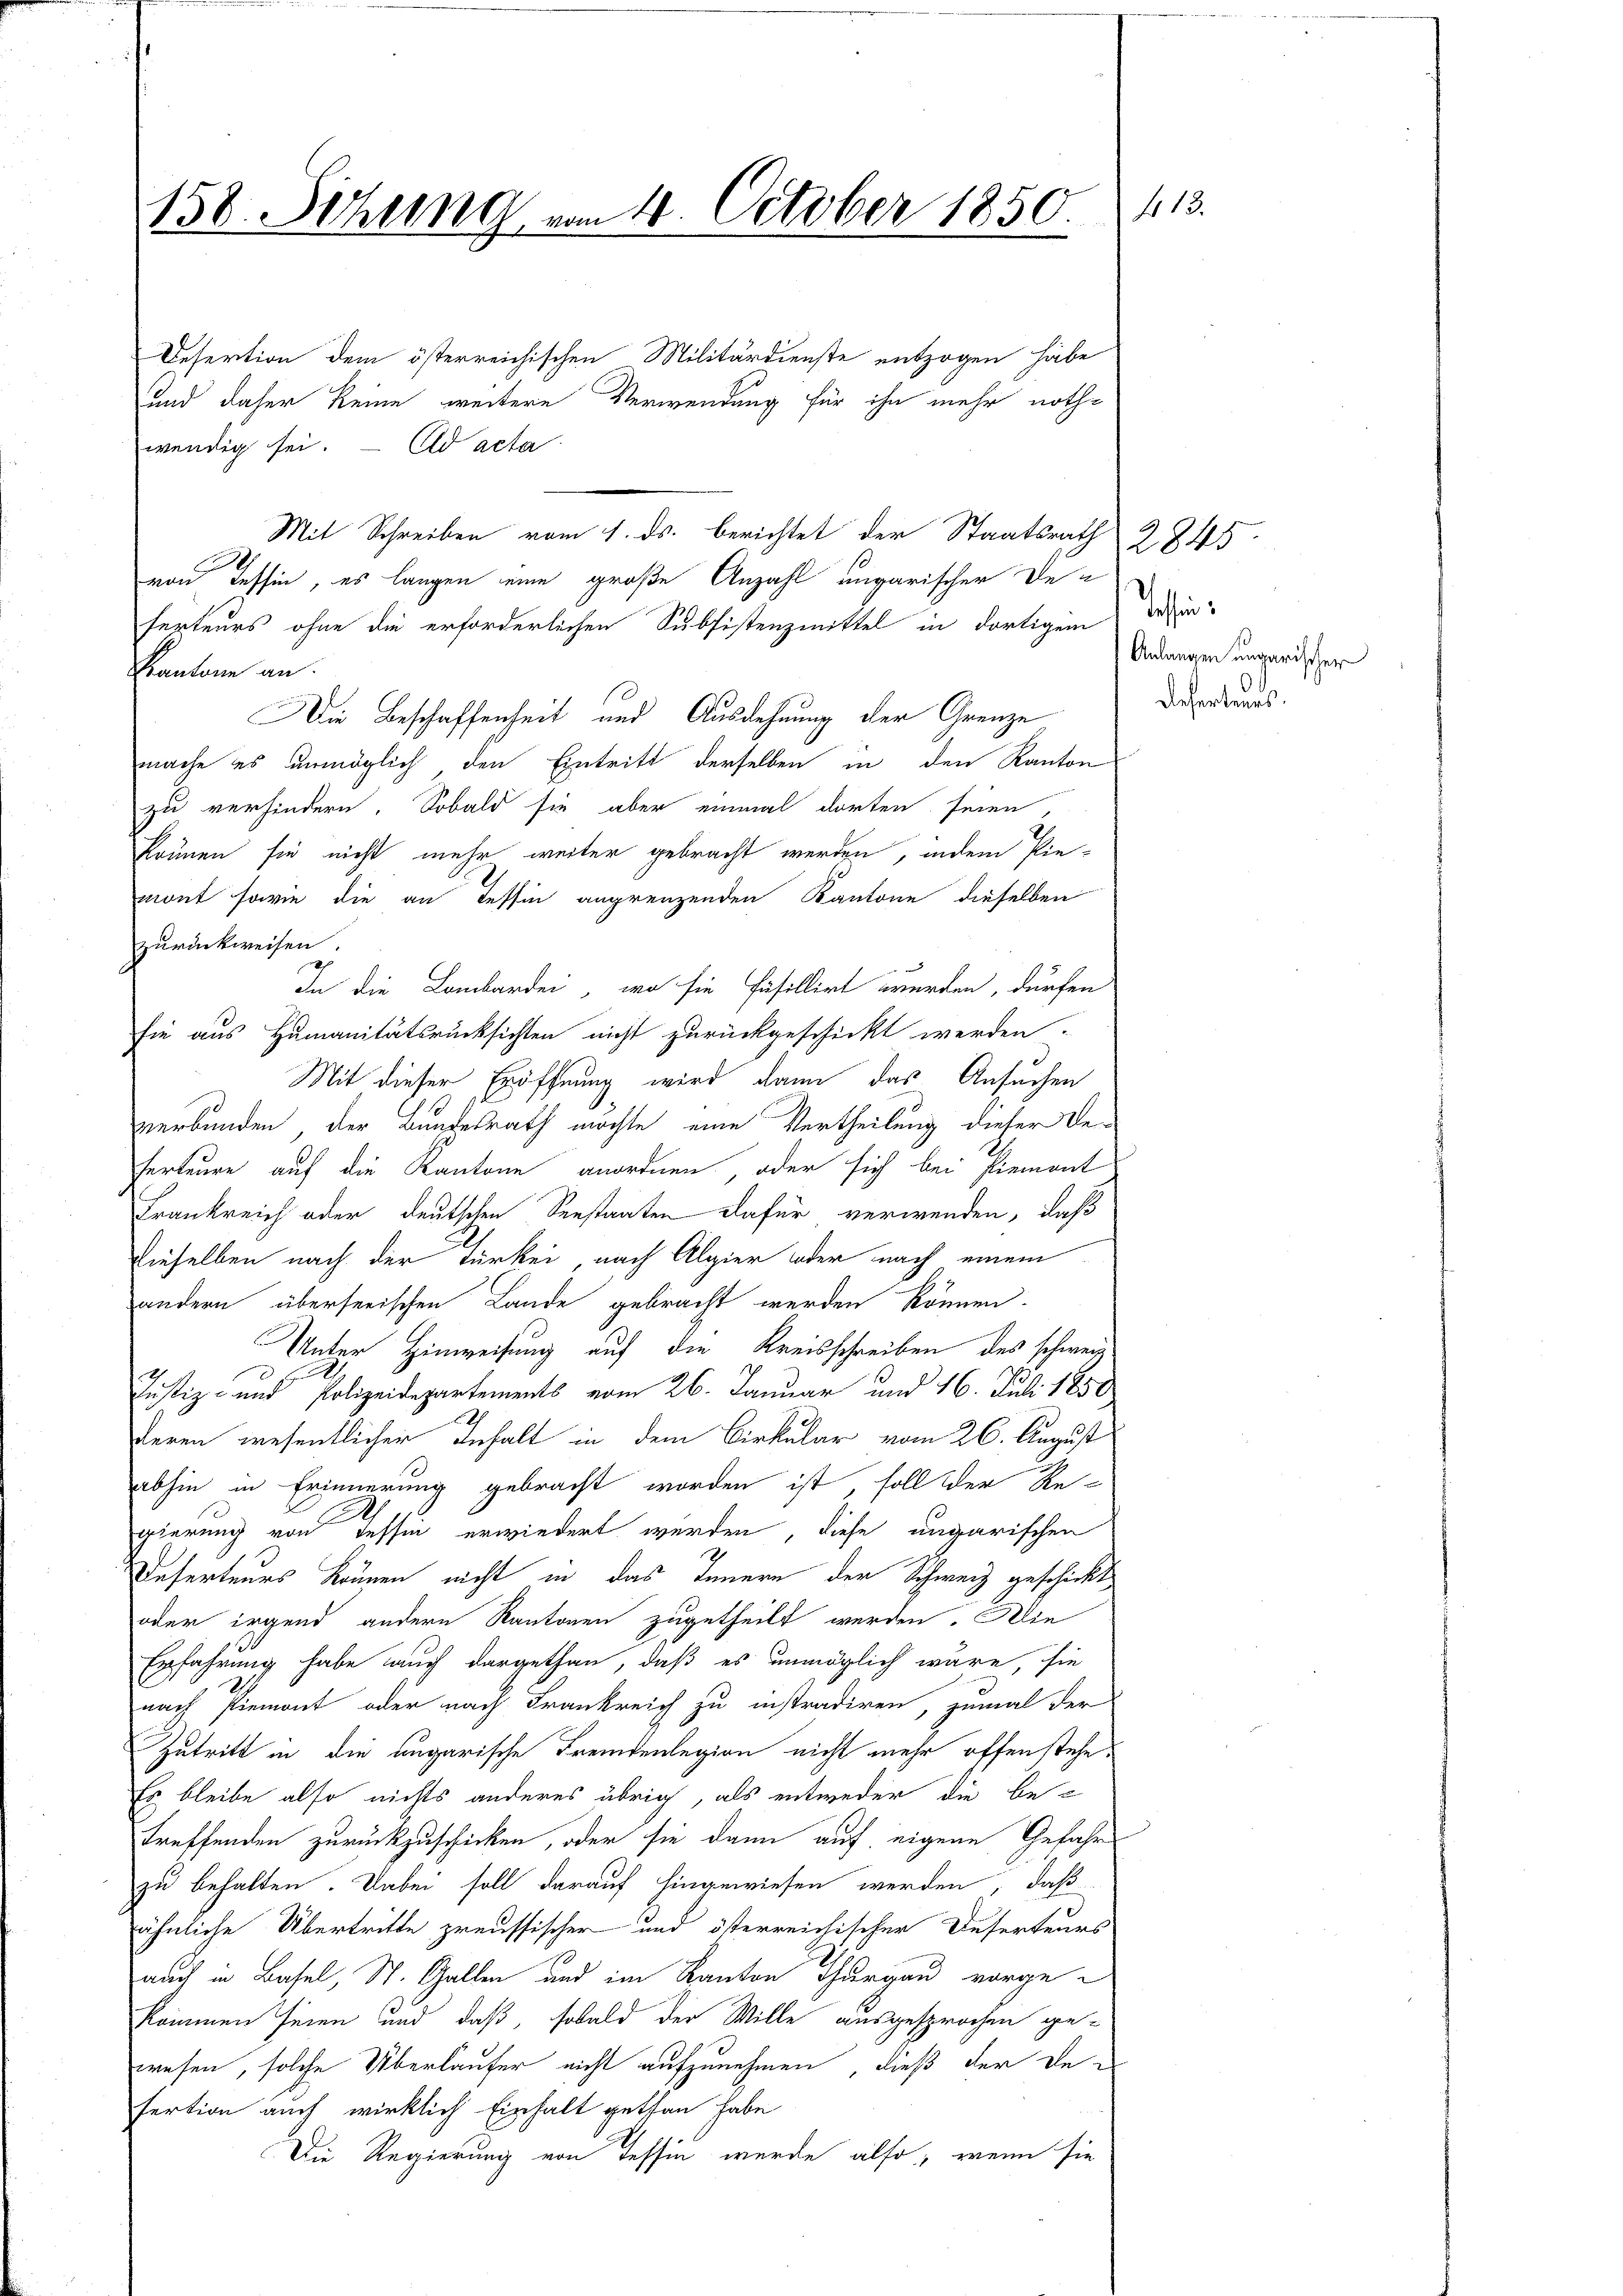
f 13.
158. Sitzung vom 4. October 1850.

Desertion dem österreichischen Militärdienste entzogen habe
und daher keine weitere Verwendung für ihn mehr noth¬
Ad acta
wendig sei.
Mit Schreiben vom 1. ds. berichtet der Staatsrath
von Tessin, es langen eine große Anzahl ungarischer Deferteurs ohne die erforderlichen Subsistenzmittel in dortigem
Kantone an.
Die Beschaffenheit und Ausdehnung der Grenze
mache es unmöglich den Eintritt derselben in den Kanton
zu verhindern. Sobald sie aber einmal dorten seien,
können sie nicht mehr weiter gebracht werden, indem Pie-
mont sowie die an Tessin angrenzenden Kantone dieselben
zurückweisen.
In die Lombardei, wo sie Päsillirt werden, dürfen
sie aus Humanitätsrücksichten nicht zurückgeschickt werden.
Mit dieser Eröffnung wird dann das Ansuchen
verbunden, der Bundesrath möchte, eine Vertheilung dieser Beferteure auf die Kantone anordnen, oder sich bei Piemont
Frankreich oder deutschen Seestaaten dafür verwenden, daß
dieselben nach der Türkei nach Algier oder nach einem
andern überseeischen Lande gebracht werden können.
Unter Hinweisung auf die Kreisschreiben des schweiz
h
Justiz- und Polizeidepartements vom 26. Januar und 16. Juli 1850
deren wesentlicher Inhalt in dem Cirkular vom 26. August
abhin in Erinnerung gebracht worden ist, soll der Re¬
2
gierung von dessen erwiedert werden, diese ungarischen
Deserteurs können nicht in das Innern der Schweiz geschickt
oder irgend andern Kantonen zugetheilt werden. Die
Erfahrung habe auch dargethan, daß es unmöglich wäre, sie
nach Piemont oder nach Frankreich zu instradiren, zumal der
Zutritt in die ungarische Fremdenlegion nicht mehr offenstehe.
Es bleibe also nichts anderes übrig, als entweder die betreffenden zurückzuschicken, oder sie dann auf eigene Gefahr
zu behalten. Dabei soll darauf hingewiesen werden, daß
ähnliche Übertritte preussischer und österreichischer Deserteurs
auch in Basel, St. Gallen und im Kanton Thurgau vorgekommen seien und daß, sobald der Wille ausgesprochen ge-
wesen, solche Überlaufer nicht aufzunehmen, dieß der Refertion auch wirklich Einhalt gethan habe
Die Regierung von Tessin wurde also, wenn sie

teien.
Anlangen ungarischer
Referteurs.

2845